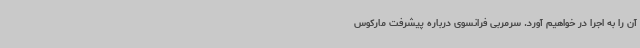
آن را به اجرا در خواهیم آورد. سرمربی فرانسوی درباره پیشرفت مارکوس